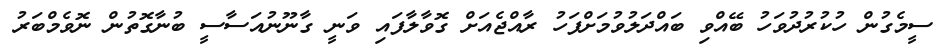
ސީމެގުން ހުކުރުދުވަހު ބޭއްވި ބައްދަލުވުމަށްފަހު ރާއްޖެއަށް ގޮވާލާފައި ވަނީ ގާނޫނުއަސާސީ ބުނާގޮތުން ނޮވެމްބަރު